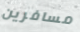
مسافرين